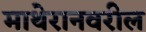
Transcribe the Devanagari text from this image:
माथेरानवरील